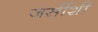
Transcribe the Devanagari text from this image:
जर्सीशी